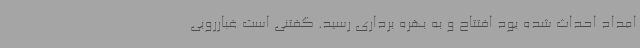
امداد احداث شده بود افتتاح و به بهره برداری رسید. گفتنی است غبارروبی